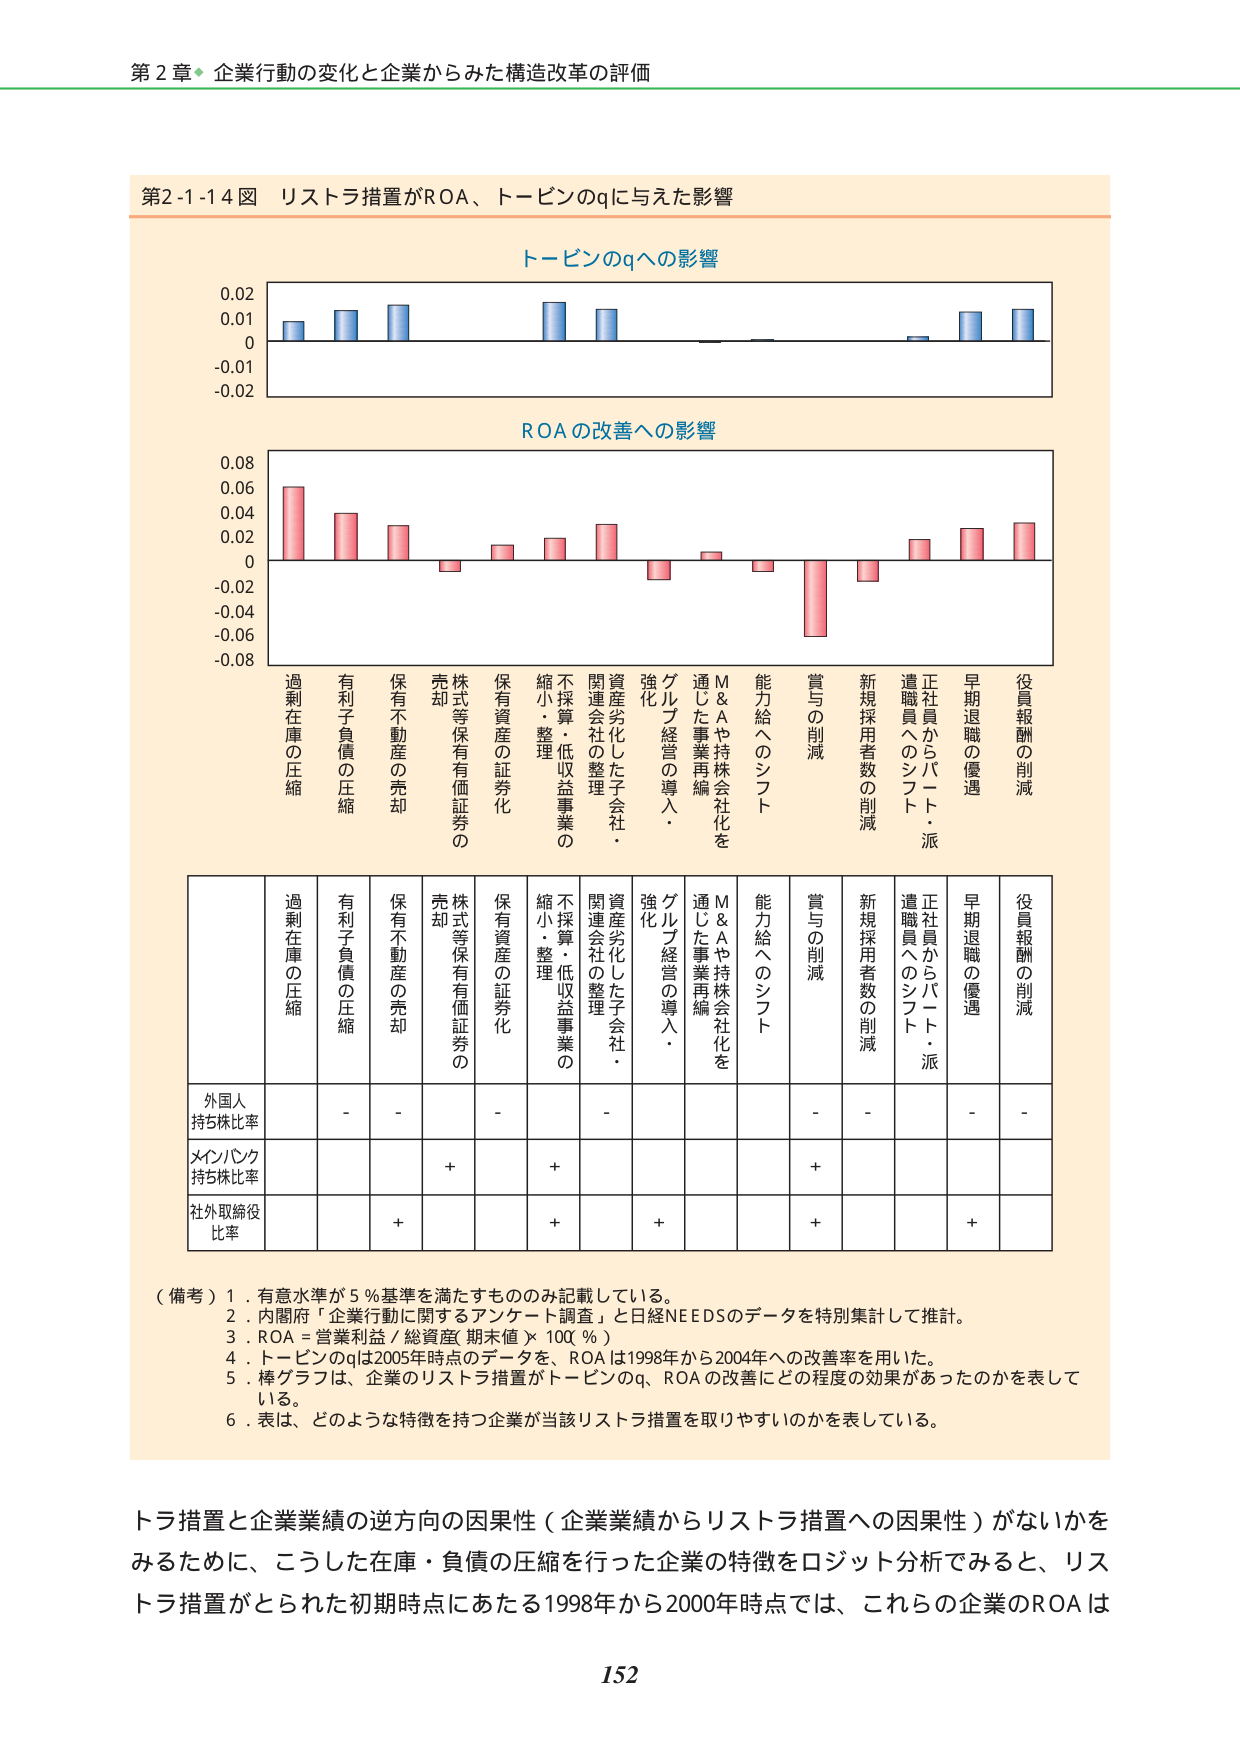
第２章 企業行動の変化と企業からみた構造改革の評価

第2-1-14図 リストラ措置がROA、トービンのqに与えた影響

トービンのqへの影響

0.02
0.01
0
-0.01
-0.02

ROAの改善への影響

0.08
0.06
0.04
0.02
0
-0.02
-0.04
-0.06
-0.08

過剰在庫の圧縮
有利子負債の圧縮
保有不動産の売却
株式等保有有価証券の売却
保有資産の証券化
縮小・整理
不採算・低収益事業の整理
関連会社の整理
資産劣化した子会社・強化
グループ経営の導入・強化
M&Aや持株会社化を通じた事業再編
能力給へのシフト
賞与の削減
新規採用者数の削減
正社員からパート・派遣職員へのシフト
早期退職の優遇
役員報酬の削減

過剰在庫の圧縮
有利子負債の圧縮
保有不動産の売却
株式等保有有価証券の売却
保有資産の証券化
縮小・整理
不採算・低収益事業の整理
関連会社の整理
資産劣化した子会社・強化
グループ経営の導入・強化
M&Aや持株会社化を通じた事業再編
能力給へのシフト
賞与の削減
新規採用者数の削減
正社員からパート・派遣職員へのシフト
早期退職の優遇
役員報酬の削減

外国人持ち株比率
-
-
-
-
-
-
-
-
-
-
-
-
-
-
-
-
-

メインバンク持ち株比率
+
+
+
+

社外取締役比率
+
+
+
+
+

（備考）1．有意水準が5％基準を満たすもののみ記載している。
2．内閣府「企業行動に関するアンケート調査」と日経NEEDSのデータを特別集計して推計。
3．ROA＝営業利益／総資産(期末値)×100(％)
4．トービンのqは2005年時点のデータを、ROAは1998年から2004年への改善率を用いた。
5．棒グラフは、企業のリストラ措置がトービンのq、ROAの改善にどの程度の効果があったのかを表している。
6．表は、どのような特徴を持つ企業が当該リストラ措置を取りやすいのかを表している。

トラ措置と企業業績の逆方向の因果性（企業業績からリストラ措置への因果性）がないかを
みるために、こうした在庫・負債の圧縮を行った企業の特徴をロジット分析でみると、リス
トラ措置がとられた初期時点にあたる1998年から2000年時点では、これらの企業のROAは

152